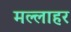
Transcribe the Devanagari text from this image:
मल्लाहर